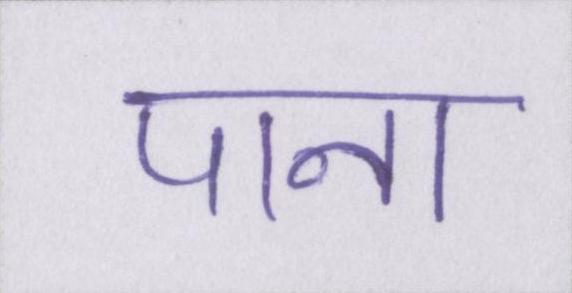
पाना